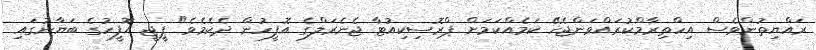
ރައްޔިތުންވެސް އިހްތިރާމްކުރައްވަންޖެހޭ ކަމެއްކަމަށް ޕްރޮސިކިއުޓާ ޖެނެރަލްގެ އޮފީހުން ދެކެމެވެ" ޕީޖީ އޮފީހުގެ ބަޔާނުގައި